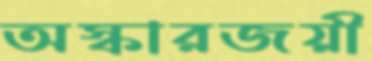
অস্কারজয়ী